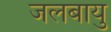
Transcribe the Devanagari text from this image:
जलबायु